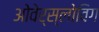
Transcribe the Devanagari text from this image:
ओवेर्स्लोविग